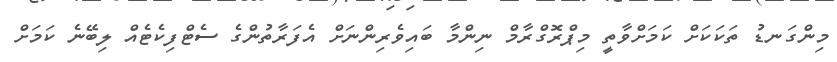
މިންގަނޑު ތަކަކަށް ކަމަށްވާތީ މިޕްރޮގްރާމް ނިންމާ ބައިވެރިންނަށް އެފަރާތުންގެ ސެޓްފިކެޓެއް ލިބޭނެ ކަމަށް